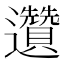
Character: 𲆌